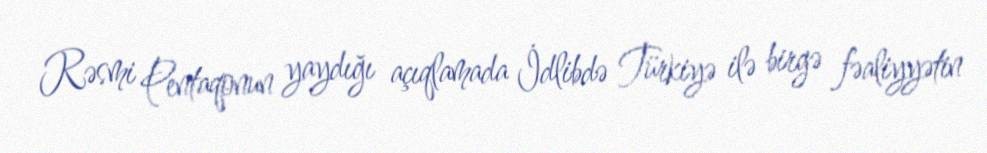
Rəsmi Pentaqonun yaydığı açıqlamada İdlibdə Türkiyə ilə birgə fəaliyyətin